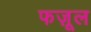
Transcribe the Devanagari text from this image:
फज़ूल